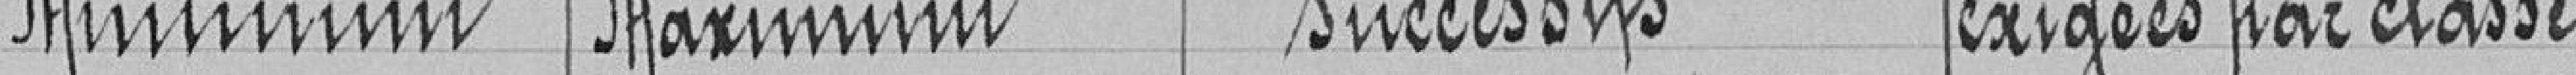
Minimum maximum successifs exigées par classe